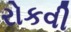
રોકવી